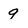
Character: 9